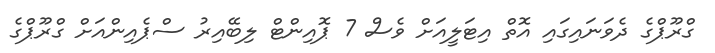
ގްރޫޕްގެ ދެވަނައިގައި އޮތް އިޓަލީއަށް ވެސް 7 ޕޮއިންޓް ލިބޭއިރު ސްޕެއިންއަށް ގްރޫޕްގެ